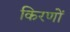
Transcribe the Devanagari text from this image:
किरणोँ